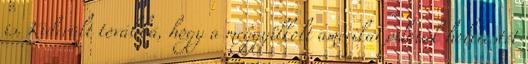
is. Kiderült továbbá, hogy a meggyilkolt amerikai pilóták holttestét